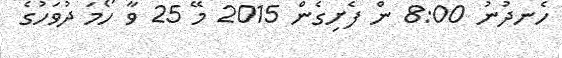
ހެނދުނު 8:00 ން ފެށިގެން 2015 މޭ 25 ވާ ހޯމަ ދުވަހުގެ